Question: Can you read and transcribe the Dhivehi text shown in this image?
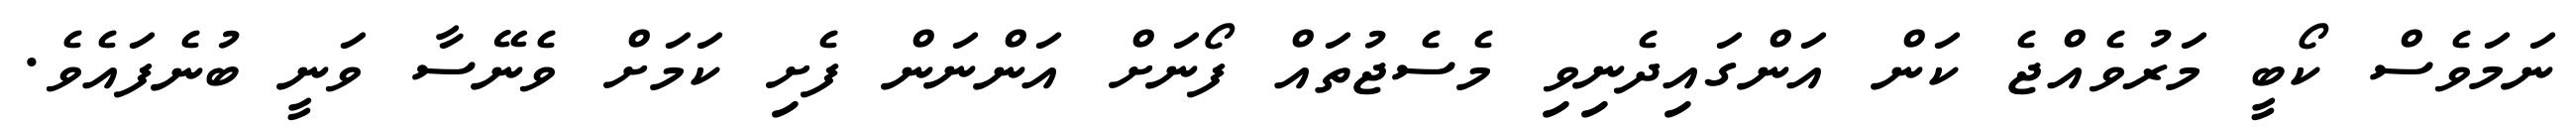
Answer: ނަމަވެސް ކޯބީ މަރުވެއްޖެ ކަން އަންގައިދެނިވި މެސެޖުތައް ފޯނަށް އަންނަން ފެށި ކަމަށް ވެނޭސާ ވަނީ ބުނެފައެވެ.